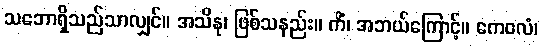
သဘောရှိသည်သာလျှင်။ အသိနု၊ ဖြစ်သနည်း။ ကိံ၊ အဘယ်ကြောင့်။ ကေဝလံ၊